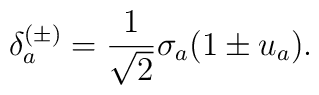
\delta_{a}^{(\pm)} = \frac{1}{\sqrt{2}} \sigma_{a}(1 \pm u_{a}).